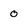
Character: o